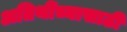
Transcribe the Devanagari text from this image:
अतिथींच्यासाठी